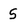
Character: 5